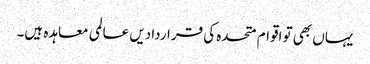
یہاں بھی تو اقوام متحدہ کی قراردادیں عالمی معاہدہ ہیں۔